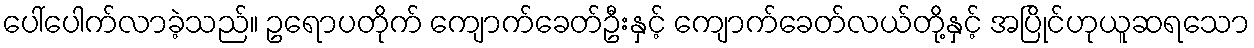
ပေါ်ပေါက်လာခဲ့သည်။ ဥရောပတိုက် ကျောက်ခေတ်ဦးနှင့် ကျောက်ခေတ်လယ်တို့နှင့် အပြိုင်ဟုယူဆရသော